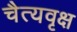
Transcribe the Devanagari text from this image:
चैत्यवृक्ष